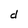
Character: d